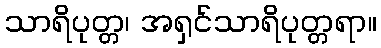
သာရိပုတ္တ၊ အရှင်သာရိပုတ္တရာ။